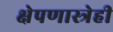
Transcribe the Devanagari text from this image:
क्षेपणास्त्रेही